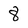
Character: 8